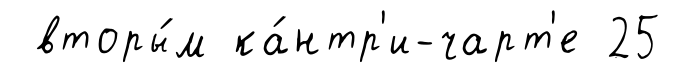
вторы́м ка́нтр'и-чарт'е 25